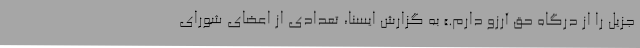
جزیل را از درگاه حق آرزو دارم.» به گزارش ایسنا، تعدادی از اعضای شورای